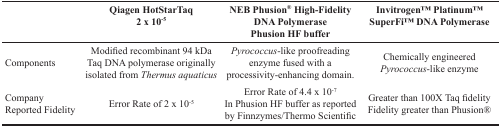
<table><thead><tr><td></td><td><b>Qiagen HotStarTaq2 × 10<sup>-5</sup></b></td><td><b>NEB Phusion<sup>®</sup> High-Fidelity DNA PolymerasePhusion HF buffer</b></td><td><b>InvitrogenTM PlatinumTM SuperFiTM DNA Polymerase</b></td></tr></thead><tbody><tr><td>Components</td><td>Modified recombinant 94 kDa Taq DNA polymerase originally isolated from <i>Thermus aquaticus</i></td><td><i>Pyrococcus</i>-like proofreading enzyme fused with a processivity-enhancing domain.</td><td>Chemically engineered <i>Pyrococcus</i>-like enzyme</td></tr><tr><td>Company Reported Fidelity</td><td>Error Rate of 2 × 10<sup>-5</sup></td><td>Error Rate of 4.4 × 10<sup>-7</sup>In Phusion HF buffer as reported by Finnzymes/Thermo Scientific</td><td>Greater than 100X Taq fidelityFidelity greater than Phusion®</td></tr></tbody></table>